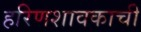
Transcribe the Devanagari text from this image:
हरिणशावकाची